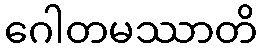
ဂေါတမဿာတိ